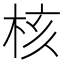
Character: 核